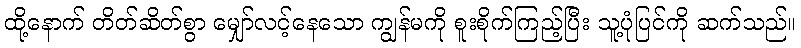
ထို့နောက် တိတ်ဆိတ်စွာ မျှော်လင့်နေသော ကျွန်မကို စူးစိုက်ကြည့်ပြီး သူ့ပုံပြင်ကို ဆက်သည်။